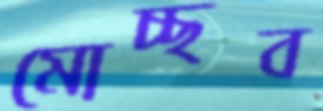
মোচ্ছব